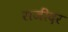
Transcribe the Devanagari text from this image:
राजींदर